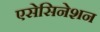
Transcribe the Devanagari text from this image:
एसेसिनेशन